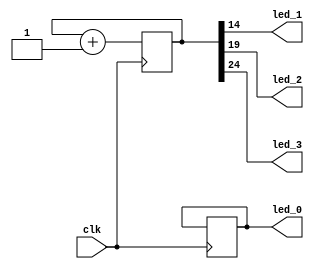
`timescale 1ns / 1ps
//////////////////////////////////////////////////////////////////////////////////
// Company: 
// Engineer: 
// 
// Design Name: 
// Module Name: blinky
// Project Name: 
// Target Devices: 
// Tool Versions: 
// Description: 
// 
// Dependencies: 
// 
// Revision:
// Revision 0.01 - File Created
// Additional Comments:
// 
//////////////////////////////////////////////////////////////////////////////////


module blinky(
    input clk,
    output led_0,
    output led_1,
    output led_2,
    output led_3    
    );
    reg [24:0] count = 0;
    reg led0R = 0;
 
    assign led_0 = led0R;
    assign led_1 = count[14];
    assign led_2 = count[19];
    assign led_3 = count[24];
 
    always @ (posedge(clk))
    begin
        if(count == 500000000)
         begin
         count <= 0;
         led0R <= ~led0R;
         end
         else
         begin
         count <= count + 1;
        end
    end
endmodule